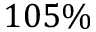
1 0 5 \%